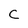
Character: C